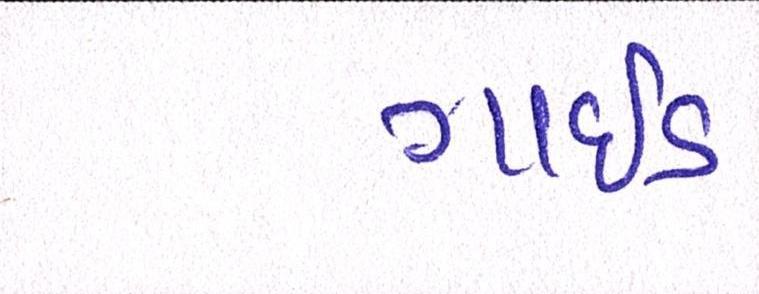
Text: ગાઇડ